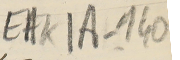
EAK1A-140